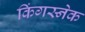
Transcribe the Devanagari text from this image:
किंगस्नेक